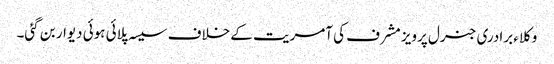
وکلاء برادری جنرل پرویز مشرف کی آمریت کے خلاف سیسہ پلائی ہوئی دیوار بن گئی۔